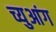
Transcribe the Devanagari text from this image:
च्युआंग